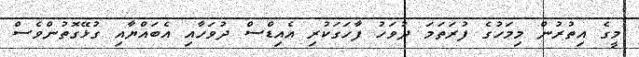
މީގެ އިތުރުން މިމަހުުގެ ފުރަތަަމަ ދުވަހު ފާހަގަކުރި އެއިޑްސް ދުވަހާއި އެބައްޔާއި ގުޅޭގޮތުންވެސް